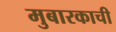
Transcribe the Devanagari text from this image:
मुबारकाची